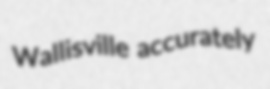
Wallisville accurately